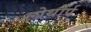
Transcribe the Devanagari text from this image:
लोथोर्प